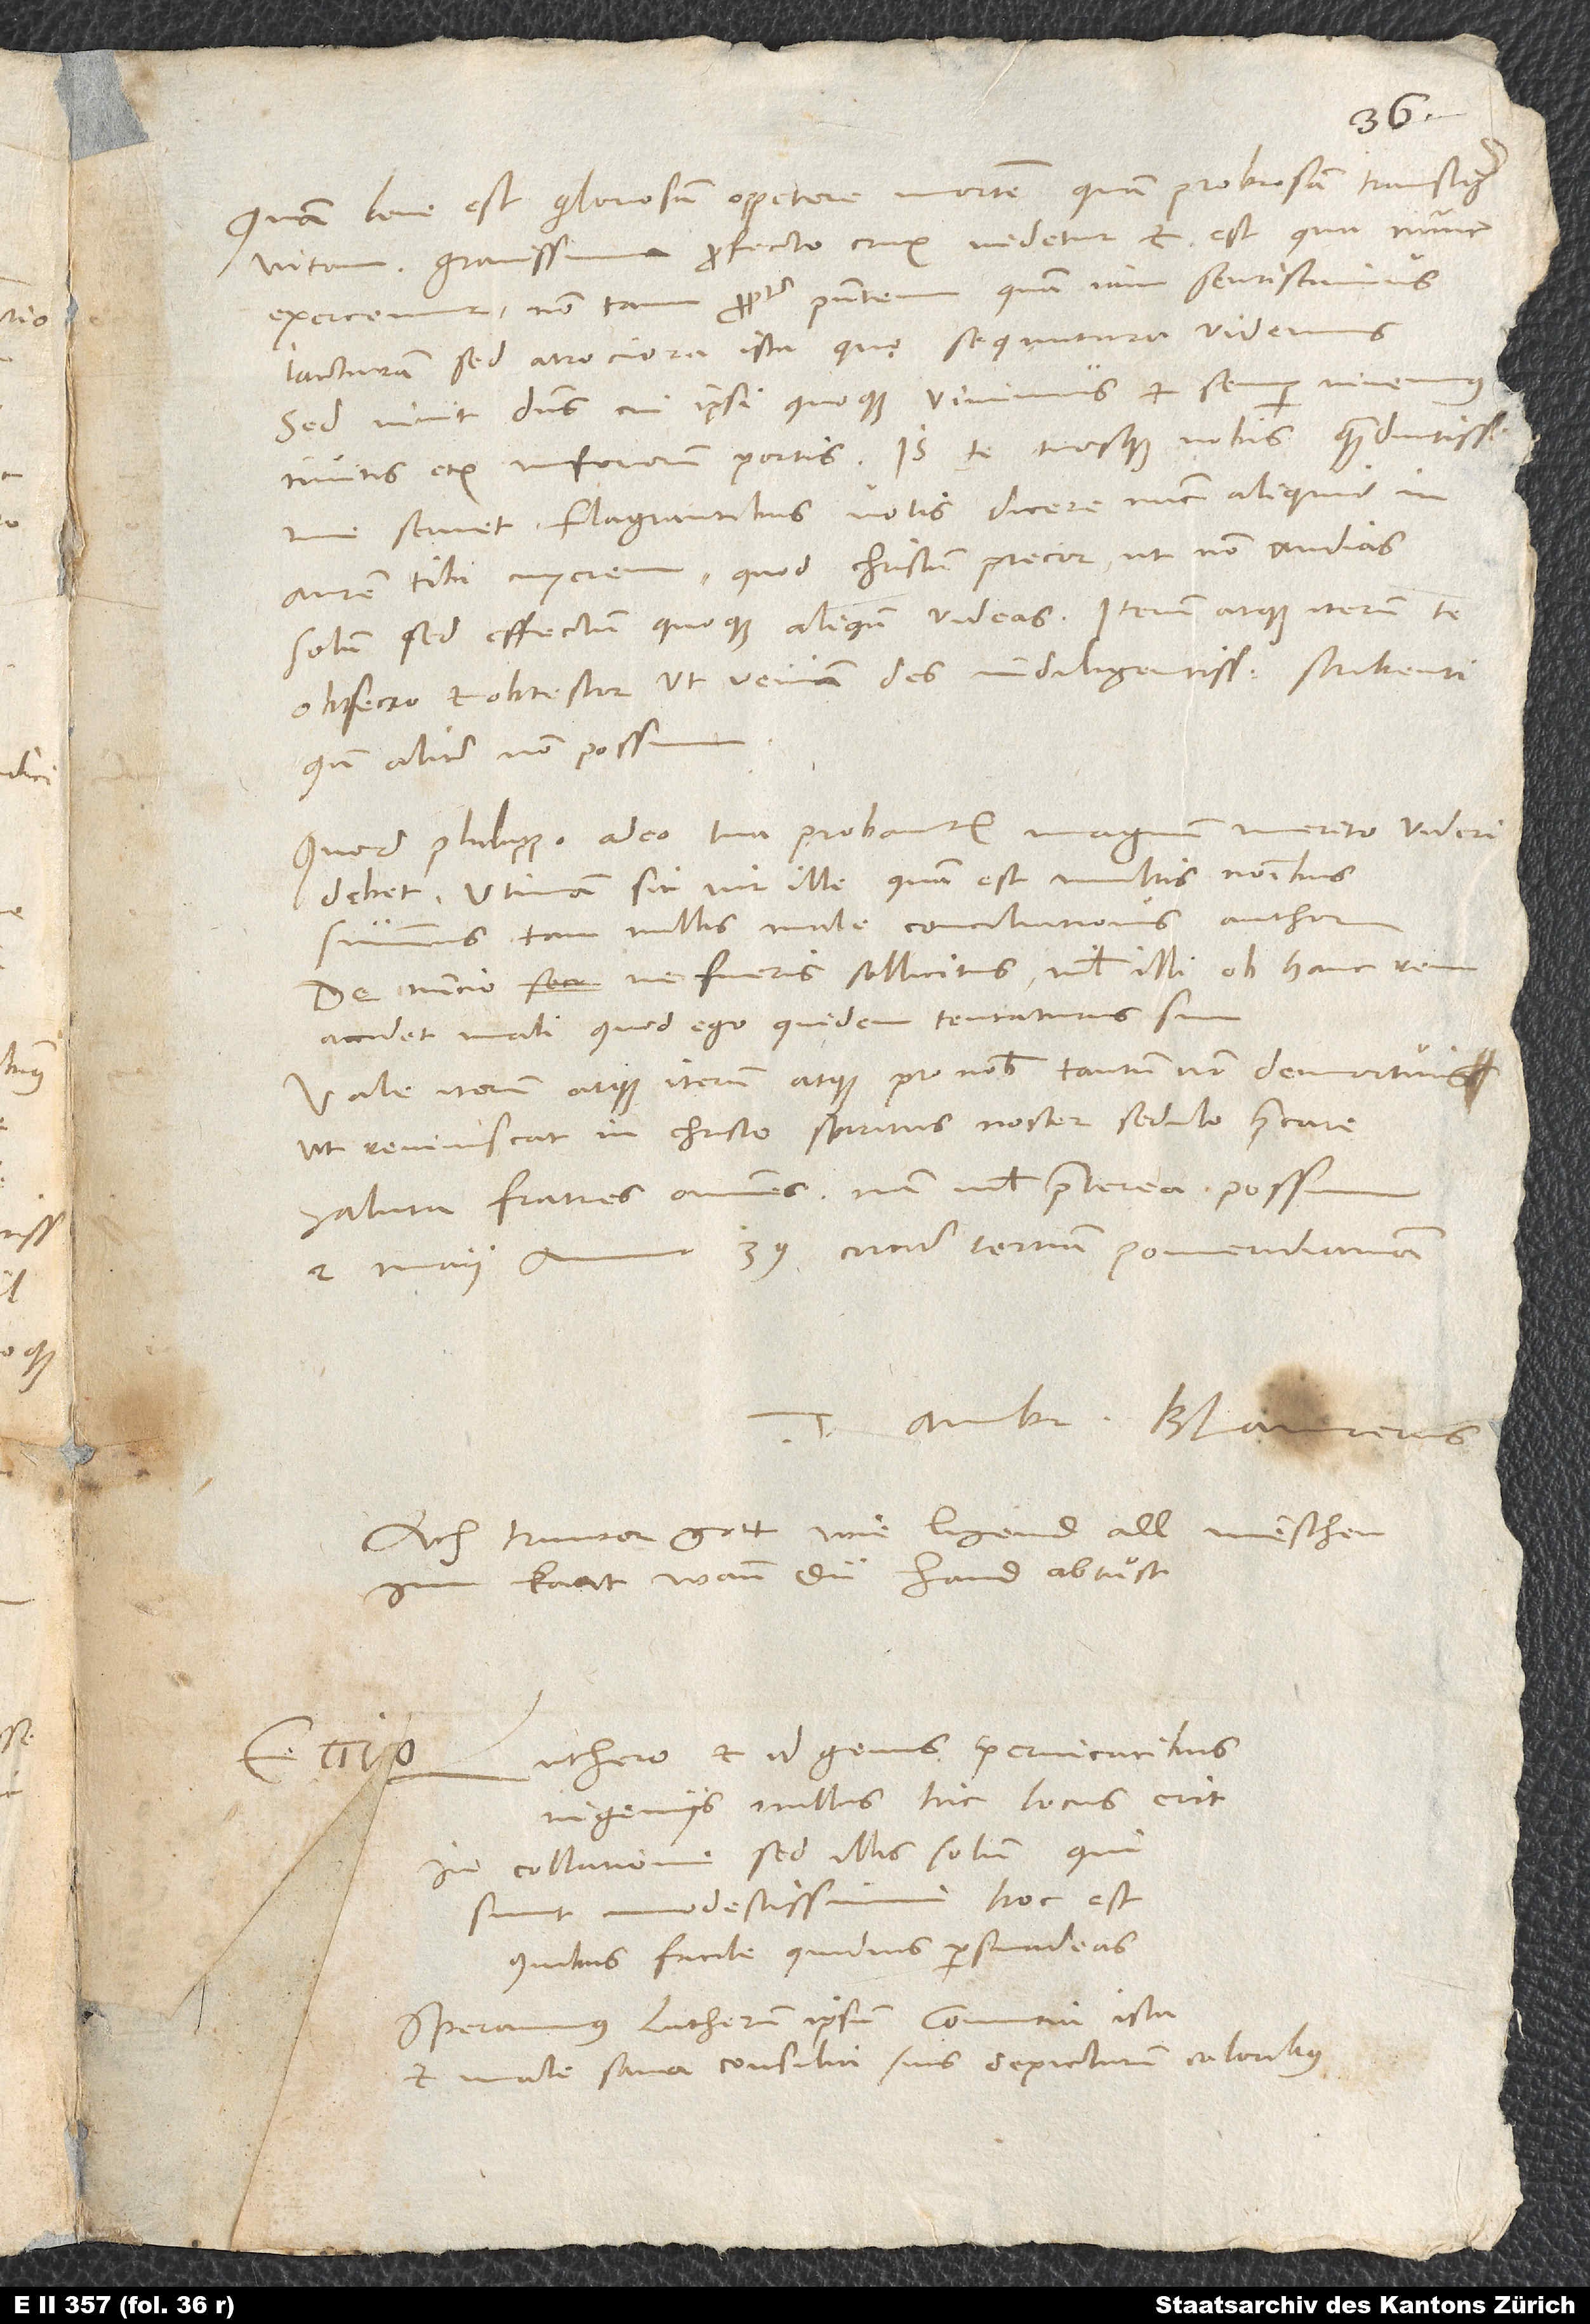
Quam bene est gloriosam oppetere mortem quam probrosam transigere
vitam! Gravissima profecto crux videtur et est, qua nunc
exercemur, non tam propter praesentem, quam iam sentiscimus,
iacturam, sed atrociora ista, quę sequutura videmus.
Sed vivit dominus, cui ipsi quoque vivimus et semper vivemus
invitis etiam inferorum portis. Is te tuosque nobis quam diutissime
servet. Flagrantibus votis dicere nunc aliquid in
aurem tibi cuperem, quod Christum precor, ut non audias
solum, sed effectum quoque aliquando videas. Iterum atque iterum te
obsecro et obtestor, ut veniam des indiligentissime scribenti,
quando aliter non possum.
Quod Philippo adeo tua probantur, magnum merito videri
debet. Utinam sit vir ille, quam est multis nominibus
summus, tam nullis male conciliationis author.
De nuncio ne fueris sollicitus; nihil illi ob hanc rem
accidet mali, quod ego quidem tentaturus sum.
Vale iterum atque iterum atque pro nobis tantum non demortuis,
ut reviviscat in Christo spiritus noster, sedulo precare.
Saluta fratres omnes; nam nihil praeterea possum.
2. maii anno 39, circiter tertiam pomeridianam.
Tuus Ambr. Blaurerus.
Ach truwer gott, wie ligend all menschen
kaat, wann du hand abtuͦst!
Luthero et id genus pervicacibus
ingeniis nullus hic locus erit
in collatione, sed illis solum, qui
sunt modestissimi, hoc est,
quibus facile quidvis persuadeas.
Speramus Lutherum ipsum comitia ista
et male sana consilia suis depicturum coloribus.